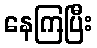
နေကြပြီး